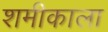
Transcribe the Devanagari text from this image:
शमीकाला